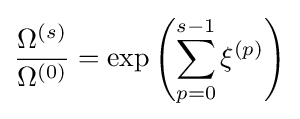
{\frac {\Omega ^{(s)}}{\Omega ^{(0)}}}=\exp \left(\sum _{p=0}^{s-1}\xi ^{(p)}\right)